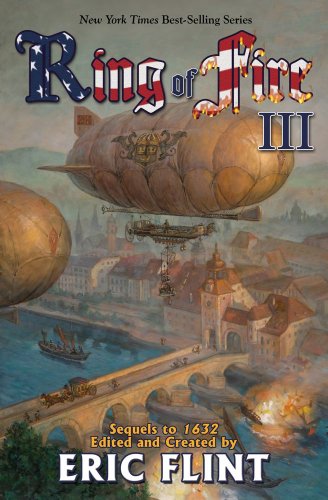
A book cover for Ring of Fire III; Science Fiction & Fantasy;